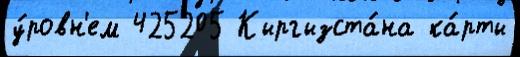
у́ровн'ем 425205 Кыргызста́на ка́рты